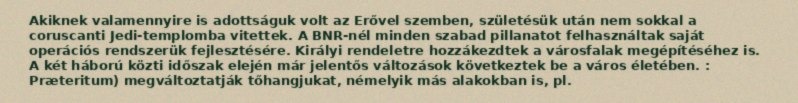
Akiknek valamennyire is adottságuk volt az Erővel szemben, születésük után nem sokkal a coruscanti Jedi-templomba vitettek. A BNR-nél minden szabad pillanatot felhasználtak saját operációs rendszerük fejlesztésére. Királyi rendeletre hozzákezdtek a városfalak megépítéséhez is. A két háború közti időszak elején már jelentős változások következtek be a város életében. : Præteritum) megváltoztatják tőhangjukat, némelyik más alakokban is, pl.